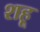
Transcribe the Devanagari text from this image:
शहू